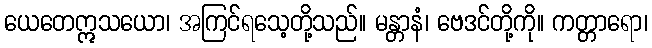
ယေတေဣသယော၊ အကြင်ရသေ့တို့သည်။ မန္တာနံ၊ ဗေဒင်တို့ကို။ ကတ္တာရော၊